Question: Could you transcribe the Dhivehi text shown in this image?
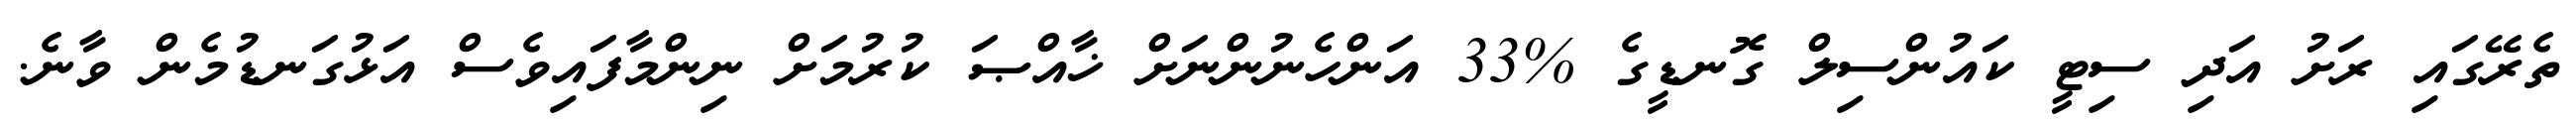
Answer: ތެރޭގައި ރަށު އަދި ސިޓީ ކައުންސިލް ގޮނޑީގެ %33 އަންހެނުންނަށް ޚާއްޞަ ކުރުމަށް ނިންމާފައިވެސް އަޅުގަނޑުމެން ވާނެ.